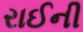
રાઈની